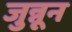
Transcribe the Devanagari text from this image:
जुन्नून